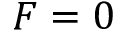
F = 0